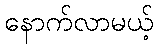
နောက်လာမယ့်